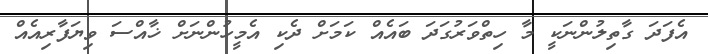
އެފަދަ ގާތިލުންނަކީ މާ ހިތްވަރުގަދަ ބައެއް ކަމަށް ދެކި އެމީހުންނަށް ޚާއްސަ ވިޔަފާރިއެއް